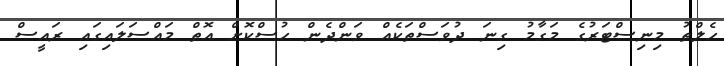
ހެލްތު މިނިސްޓަރުގެ މަގާމު ގިނަ ދުވަސްތަކެއް ވަންދެން ހުސްކޮށް އޮތް މައްސަލައިގައި ރައީސް